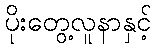
ပိုးတွေ့လူနာနှင့်